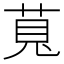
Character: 萈